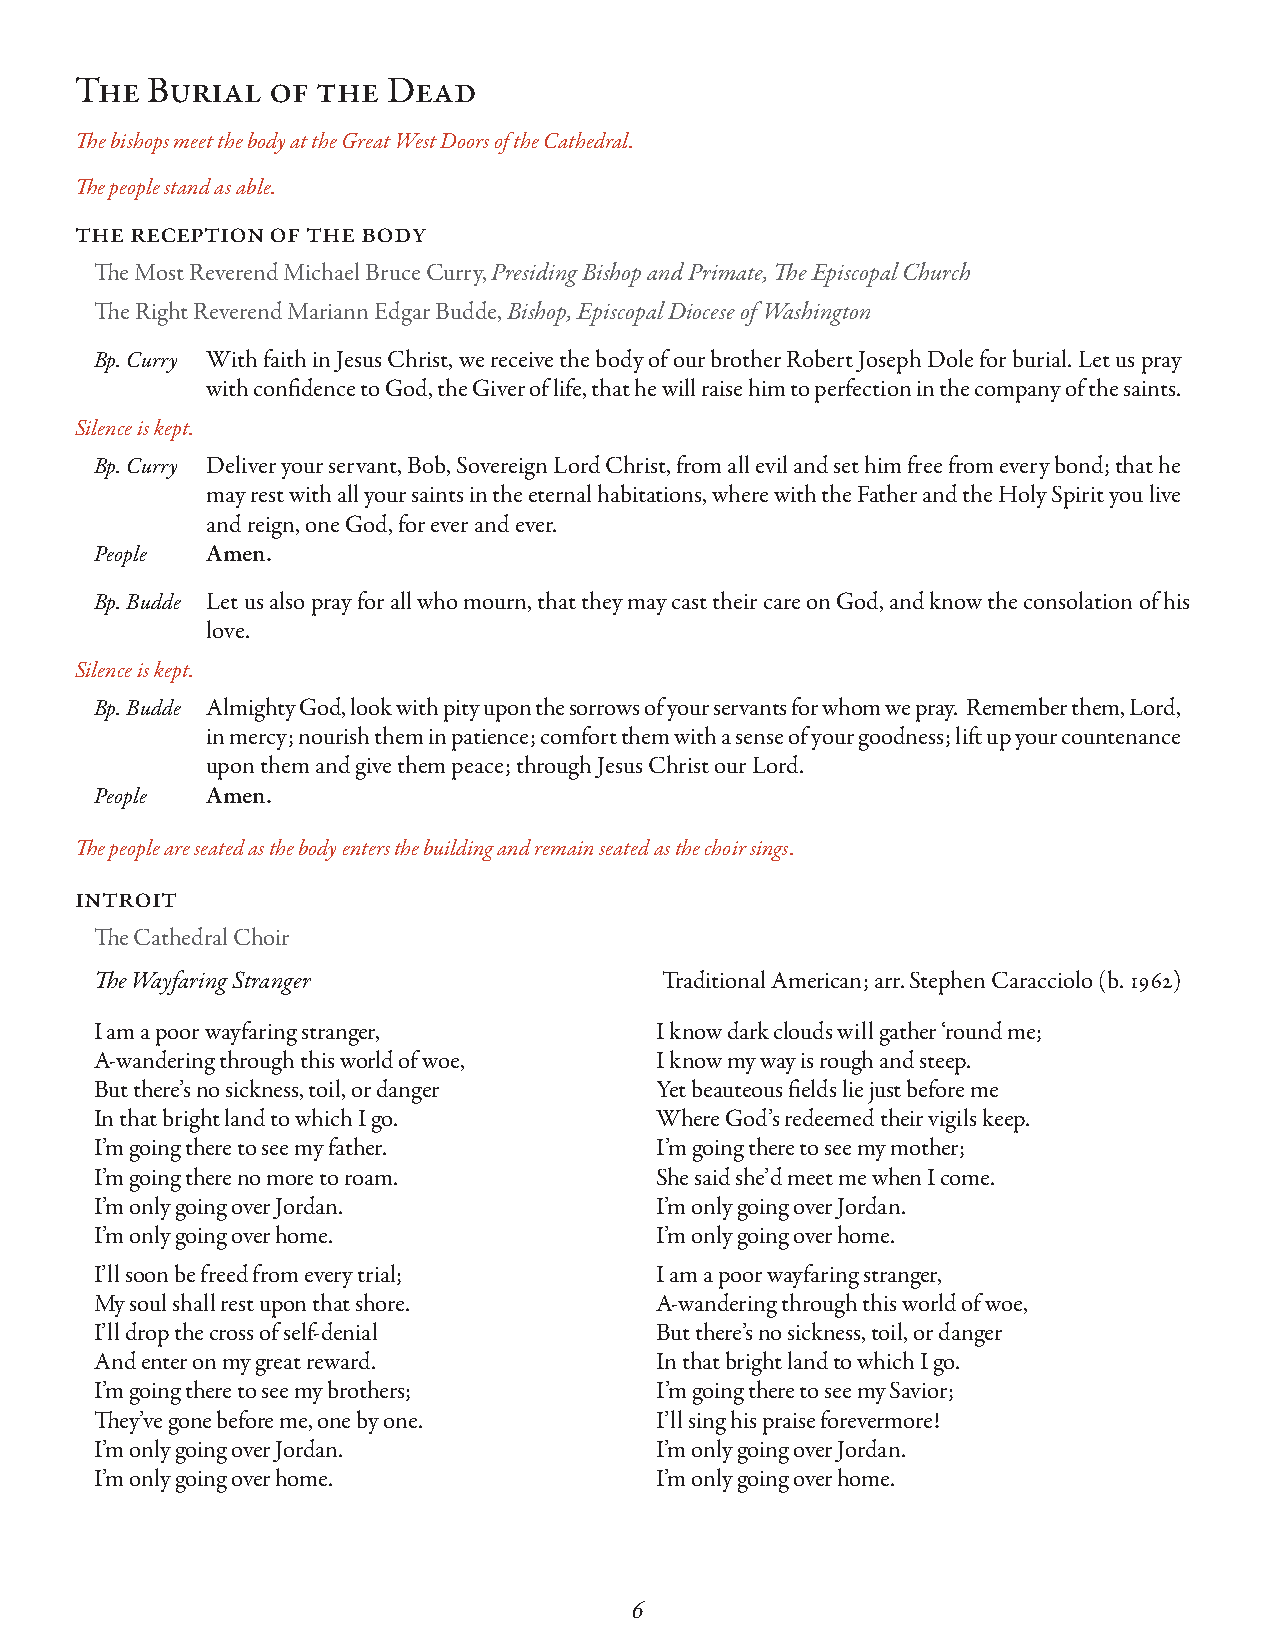
The  Burial  of the  Dead
 The bishops meet the body at the Great West Doors of the Cathedral.
 The people stand as able.
 the reception of the body
 The Most Reverend Michael Bruce Curry, Presiding Bishop and Primate, The Episcopal Church
 The Right Reverend Mariann Edgar Budde, Bishop, Episcopal Diocese of Washington
 Bp. Curry With faith in Jesus Christ, we receive the body of our brother Robert Joseph Dole for burial. Let us pray
 with confidence to God, the Giver of life, that he will raise him to perfection in the company of the saints.
 Silence is kept.
 Bp. Curry Deliver your servant, Bob, Sovereign Lord Christ, from all evil and set him free from every bond; that he
 may rest with all your saints in the eternal habitations, where with the Father and the Holy Spirit you live
 and reign, one God, for ever and ever.
 People  Amen.
 Bp. Budde Let us also pray for all who mourn, that they may cast their care on God, and know the consolation of his
 love.
 Silence is kept.
 Bp. Budde Almighty God, look with pity upon the sorrows of your servants for whom we pray. Remember them, Lord,
 in mercy; nourish them in patience; comfort them with a sense of your goodness; lift up your countenance
 upon them and give them peace; through Jesus Christ our Lord.
 People  Amen.
 The people are seated as the body enters the building and remain seated as the choir sings.
 introit
 The Cathedral Choir
 The Wayfaring Stranger                Traditional American; arr. Stephen Caracciolo (b. 1962)
 I am a poor wayfaring stranger,      I know dark clouds will gather ‘round me;
 A-wandering through this world of woe, I know my way is rough and steep.
 But there’s no sickness, toil, or danger Yet beauteous fields lie just before me
 In that bright land to which I go.   Where God’s redeemed their vigils keep.
 I’m going there to see my father.    I’m going there to see my mother;
 I’m going there no more to roam.     She said she’d meet me when I come.
 I’m only going over Jordan.          I’m only going over Jordan.
 I’m only going over home.            I’m only going over home.
 I’ll soon be freed from every trial; I am a poor wayfaring stranger,
 My soul shall rest upon that shore.  A-wandering through this world of woe,
 I’ll drop the cross of self-denial   But there’s no sickness, toil, or danger
 And enter on my great reward.        In that bright land to which I go.
 I’m going there to see my brothers;  I’m going there to see my Savior;
 They’ve gone before me, one by one.  I’ll sing his praise forevermore!
 I’m only going over Jordan.          I’m only going over Jordan.
 I’m only going over home.            I’m only going over home.
 6